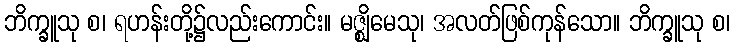
ဘိက္ခူသု စ၊ ရဟန်းတို့၌လည်းကောင်း။ မဇ္ဈိမေသု၊ အလတ်ဖြစ်ကုန်သော။ ဘိက္ခူသု စ၊